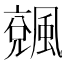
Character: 𩘍